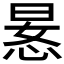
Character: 𫺍